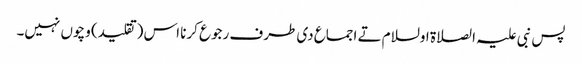
پس نبی علیہ الصلاة اولسلام تے اجماع د‏‏ی طرف رجوع کرنا اس (تقلید) وچو‏ں نہیں۔